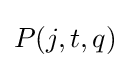
P(j,t,q)_{}^{}